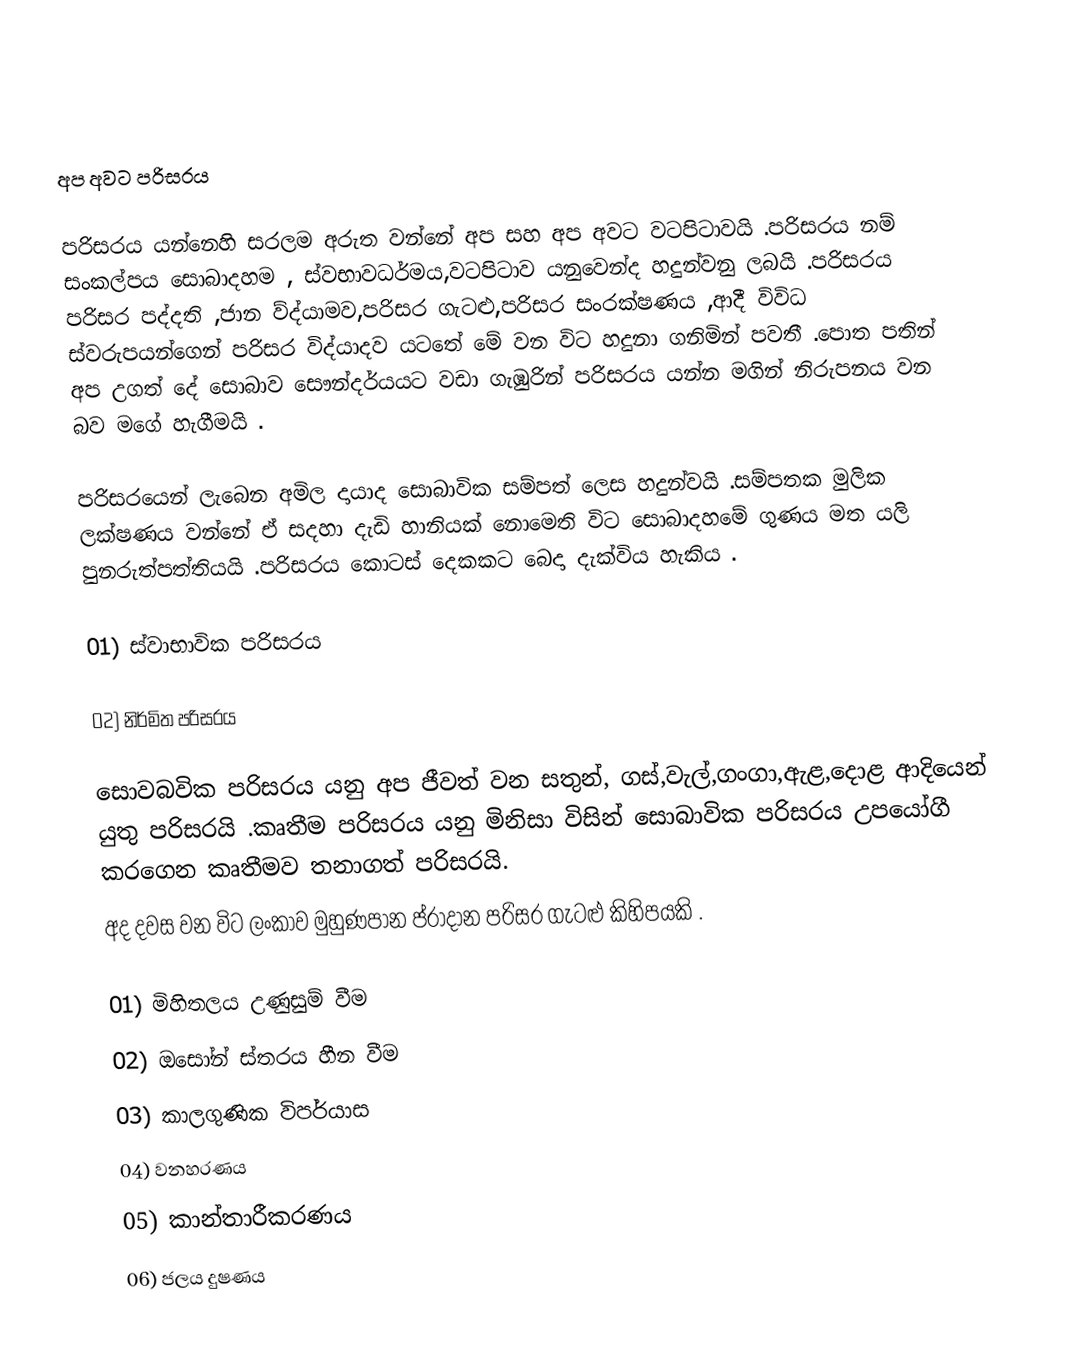

අප අවට පරිසරය

පරිසරය යන්නෙහි සරලම අරුත වන්නේ අප සහ අප අවට වටපිටාවයි .පරිසරය නම් සංකල්පය සොබාදහම , ස්වභාවධර්මය,වටපිටාව යනුවෙන්ද හදුන්වනු ලබයි .පරිසරය පරිසර පද්දති ,ජාන ව්ද්යාමව,පරිසර ගැටළු,පරිසර සංරක්ෂණය ,ආදී විවිධ ස්වරුපයන්ගෙන් පරිසර විද්යාදව යටතේ මේ වන විට හදුනා ගනිමින් පවතී .පොත පතින් අප උගත් දේ සොබාව සෞන්දර්යයට වඩා ගැඹුරින් පරිසරය යන්න මගින් නිරුපනය වන බව මගේ හැගීමයි .

පරිසරයෙන් ලැබෙන අමිල දායාද සොබාවික සම්පත් ලෙස හදුන්වයි .සම්පතක මුලික ලක්ෂණය වන්නේ ඒ සදහා දැඩි හානියක් නොමෙති විට සොබාදහමේ ගුණය මත යලි පුනරුත්පත්තියයි .පරිසරය කොටස් දෙකකට බෙදා දැක්විය හැකිය .

01) ස්වාභාවික පරිසරය

02) නිර්මිත පරිසරය

සොවබවික පරිසරය යනු අප ජීවත් වන සතුන්, ගස්,වැල්,ගංගා,ඇළ,දොළ ආදියෙන් යුතු පරිසරයි .කෘතීම පරිසරය යනු මිනිසා විසින් සොබාවික පරිසරය උපයෝගී කරගෙන කෘතීමව තනාගත් පරිසරයි.
අද දවස වන විට ලංකාව මුහුණපාන ප්රාදාන පරිසර ගැටළු කිහිපයකි .

01) මිහිතලය උණුසුම් වීම
02) ඔසෝන් ස්තරය හීන වීම
03) කාලගුණික විපර්යාස
04) වනහරණය
05) කාන්තාරීකරණය
06) ජලය දුෂණය